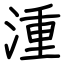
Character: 湩